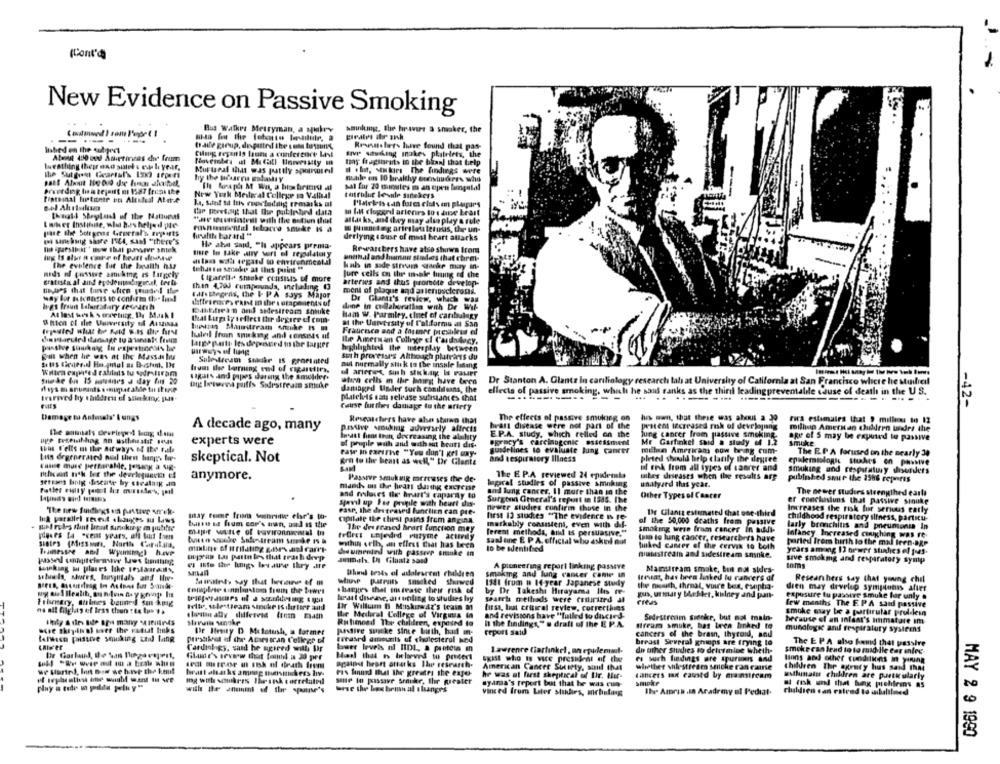
(Cont'd
New Evidence on Passive Smoking
Bus Walker Metryman, a yukry
sminkngt. the travers a smoker, the
-----
braile girup, de putri the sofa tussen's
Renatolers Ihave found that pas-
inbed en the subject
Cumig resanis laune a conference Levt
svp saturking snakes platelets, the
About 400 und Askermaas che frum
tay fragtbruts to the bkanl that help
tuesthing thepr and sulet's eu li year,
Murural that was partly sponsored
I .h. senkirs The findings were
made en 10 bralthy erenstudeers who
sal for 20 gouttes in an open langutal
New York Mederal College in Vallaal
totrulut levule sinekers
thingl Shoyland of the Nattunas
Kap Btewtong that Our putinhed data
a IM clugend arteries to's dibe Least
altas ks, and dry may also play & rule
Iwwer Instituise, who has helped poe-
monumental tobacco smuke Is a
Hissteg arirslots letous, the un-
pase the Sorgens Grueral's Erpets
healite barard "*
derlying cause of most heart attacks
pi sinehonig shore ISC4, sant "there's
Ils aba said, "It appears prema-
Rewaschers have atse shows Icom
unemail and Inaman studies that chrent-
The evilence fut the health has
hals in sade stream strike may in-
midda id possase amikte, Is Largely
Jure cells on the male ting ed che
gratista al and eyodeutenhigecel, treli-
( igarett- shanke consists of more
arteries and thus promote develop-
than 4,200 rumpounds, inelaling (3
ment of plaque and anterosclerosi.
Idle Degens, the I- PA says Major
Dr Glanit's review, which was
hips freud Lafurtatry deswach
diftriences cant in the seraponents uf
slune in collaboration with Dr Wil-
Bahffsean and sidestream shiuke
At last week's meeting. Dy Maak I
that Lups ty orflect thr degree of com-
ham w. Parmley, sinet of carbulagy
besoin Mauteram sruhe ts m
at the Uurversity of California at San
hateil fron smirking and consesas uf
Francesca and a Casaner presihless el
lampe parte Its depreverdd in the larger
Ile American College cf Cardology,
passive suikey, In vapesticents he
highlighted the miesplay between
guns when he was at the Massas lit
suth processes Although plustrorts du
aut nurmally stak to the insule lining
Willem expired raliledis tu sodrviram
from the burning end of rigaretira,
suede 6 15 matines & day fus 20
Lagas and papes daring the smolder.
atana cells m the bourg have been
Dr Stanton A. Glantz In cardiology research lab at University of California at San Francisco where he Mulrel
out letovos puffs Sodrstreams smade
damaged Under such conililoans, the
platelets eats release sulistances that
ellects of passive smoking, which he saus ranks as the thiril leadingpreventalile cause of death in the U.S.
..
GES
Course hurthes damage to the artery
-42-
Damage to Animals' I ungs
Researchers have also starwn that
The effects of passive smoking on
luis own, that these was alenit a 30 rica estimairs that , milleou to 12
A decade ago, many
passive soukig adversely allrcts
heart disease were not part of the
procent Iecreased risk of developing
millian American children under the
E.P.A. study, which relled on the
lung cancer from passive smoking
experts were
of preple wah and wathaut beart dis-
breast hans thun decreasing the alahty
@pracy's carcinogenic assessment
Me Garfinkel said a study 4 1.2
age of 5 may be expuird to passive
smoke
Ins F'ells m the Aitways of the ral
guidelines to evaluate lung cancer
millan Americans cow bring com-
The E.P. A forused on the nearly 34
skeptical. Not
fate In parsThe "You don't Kel oxy-
and respiratory Illness
pleted should help clarify the degree
pro to the beast as well," Dr Glante
il end from all types of saarer and
epulemiologic studies on passive
smoking and cesparatuvy disorders
anymore.
Passive Smuk uig mrrrases the de-
The E P.A reviewed 24 epidemia
tales diseases when the results arg
published snue the 15h6 reports
mand, ou the heart darthe exercise
lepacal studies of passive smoking
unatyard that year.
and maloues dir hrart's caparty to
and lung cancer. Il more than in the
Other Types of Cancer
The newer studies strengthed carla
Stavil up Pas pruple with heurt des-
Surgonn General's report in 1386. The
er conclusiuns that passive sinuke
"The new fuidlgs en putting orek.
pase, the destraveil lunclien can pre-
newer studies confirm thuse in the
De Glantz estimated that one-third
Increases the risk fue serious early
Ich parallel seveut alliances su Laws
may teme from write che's to-
cipilate the chest pains from angina.
first 13 studies "The evidence is re-
childhood respiratory illness, particu-
bare ss hum con's man, and as the
The dre seaved heart function may
markably consistent, even with dif-
al the 50,000 deaths frem passive
larly bronchitis and pneumonia In
mipor suite of iavironmental In
ferent methods, bild IS persuasive."
Smoking were from cancer in audi-
Infancy Increased coughing was re-
buen socke Sulmaream soche Is &
sand une E P A, official who asked out
tain to lung cancer, researchers have
parted from birth lo the mal leen-age
SiBles (Missons, North Carulala,
malings of irritating gar's and carry
within sell, an eliest that has been
to be Identified
buked cancer of the cervik to both
years aming 13 bewer studies el 1-4s.
miras bus patin les that trash deep
daumentel with passeer sminke en
mulestream and sidestream snsnie.
es iste the Muligs Ies ause Ihry ate
Jummah. I Gilaatz sand
A pioneering report linking passive
sive smokmg and respiratory symp
toms
winksag mi places like Itslarails,
Uhm tests af adolescent children
smaking and lung cancer cante un
Mamstream smoke, but mat sides-
wie paris smoked starwed
tressat, has been linked lu randers of
Researchers say that young chil
. hanges that metease their risk of
1341 from p 14-year Japanese study
the noush, throat, voire bes, espha.
dren may develop symptomss after
heart disease, art unding to stuthes hy
by Dr Takeshi Herayama Ile fr-
gus, urmary MeHer, kulney and jan-
exposure tu passive smukke for unly .
Frimary, shines benned sus krig
search methods were ersurized al
Creas
few months The E. P.A said passive
Felte, sele team sincke IS ihrleer and
lusa, but critical review, correcthins
smoke may be a partirutar prolikein
Ihr Medical College of Virginia in
and revisions have "tuiled to discted-
Sedrstrom Smeekr, but not main-
because of an infant's sinmatare om
Rutimond The children, exposed to
it the findings," a draft of the E. P.A.
Stream smukr, has been linked to
Ur Ilry D Melotush, a former
passive suscke since birth, had an-
report said
cancers of the brain, thyroid, and
munologie and respiratory systemns
teresa passive smoking to lung
perstikout of de Acorsican College of
grease'd amounts of cholesterol und
breast Several groups are trying to
The E PA also hand that passive
Cardiology, said he agreed will Ar
beer levels ni IIDI, a pinteta an
Lawrence liarfinkel , an epulemsul-
do other studies to determine theth-
smoke can lead to to mad lle ear enleg-
De Garland, de San Dageraperf,
Gluise's sevnow that franhl i 30 pre
re such findings ure spurious and
against heart attacks The research-
SKist who is vice president of the
lions and other conditions in young
we started, In Bre se hosp the knut
Pis find But the greattry the exper-
American Cancer Sutsety, soul that
whether stilestream smiche ran caire
children The agency hus sandd that
ff Iepbaths the wuabf want to see
sante Io jassave Sraukr, the greater
he was at first skeptical of Ur. Hur-
cancers man caused by mainstream
smoke
withmatu children are pastwularly
ayama's report but that he was cun-
w mk ml that hay pishfris as
with the atteint of the spotne's
wise the bes bemn al slanges
vinced from Liter studies, mrlisting
Ils- Amran .Ia Aradrey el Pediat.
cluldren can eatved to adualilmed
MAY 2 9 1990